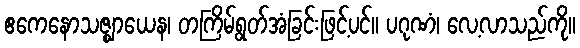
ဧကေနောသဇ္ဈာယေန၊ တကြိမ်ရွတ်အံခြင်းဖြင့်ပင်။ ပဂုဏံ၊ လေ့လာသည်ကို။